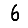
Digit: 6